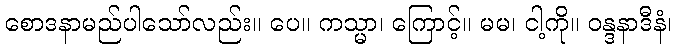
စောဒနာမည်ပါသော်လည်း။ ပေ။ ကသ္မာ၊ ကြောင့်။ မမ၊ ငါ့ကို။ ဝန္ဒနာဒီနံ၊